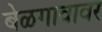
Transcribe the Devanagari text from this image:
बेळगावावर